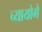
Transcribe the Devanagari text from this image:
च्यायोगे